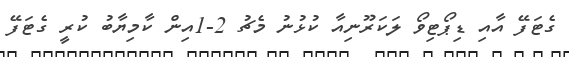
ގެޓަފޭ އާއި ޑިޕޯޓިވޯ ލަކަރޫނިއާ ކުޅުނު މެޗު 2-1އިން ކާމިޔާބު ކުރީ ގެޓަފޭ